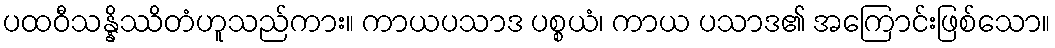
ပထဝီသန္နိဿိတံဟူသည်ကား။ ကာယပသာဒ ပစ္စယံ၊ ကာယ ပသာဒ၏ အကြောင်းဖြစ်သော။